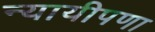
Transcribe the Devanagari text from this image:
न्यायीपणा